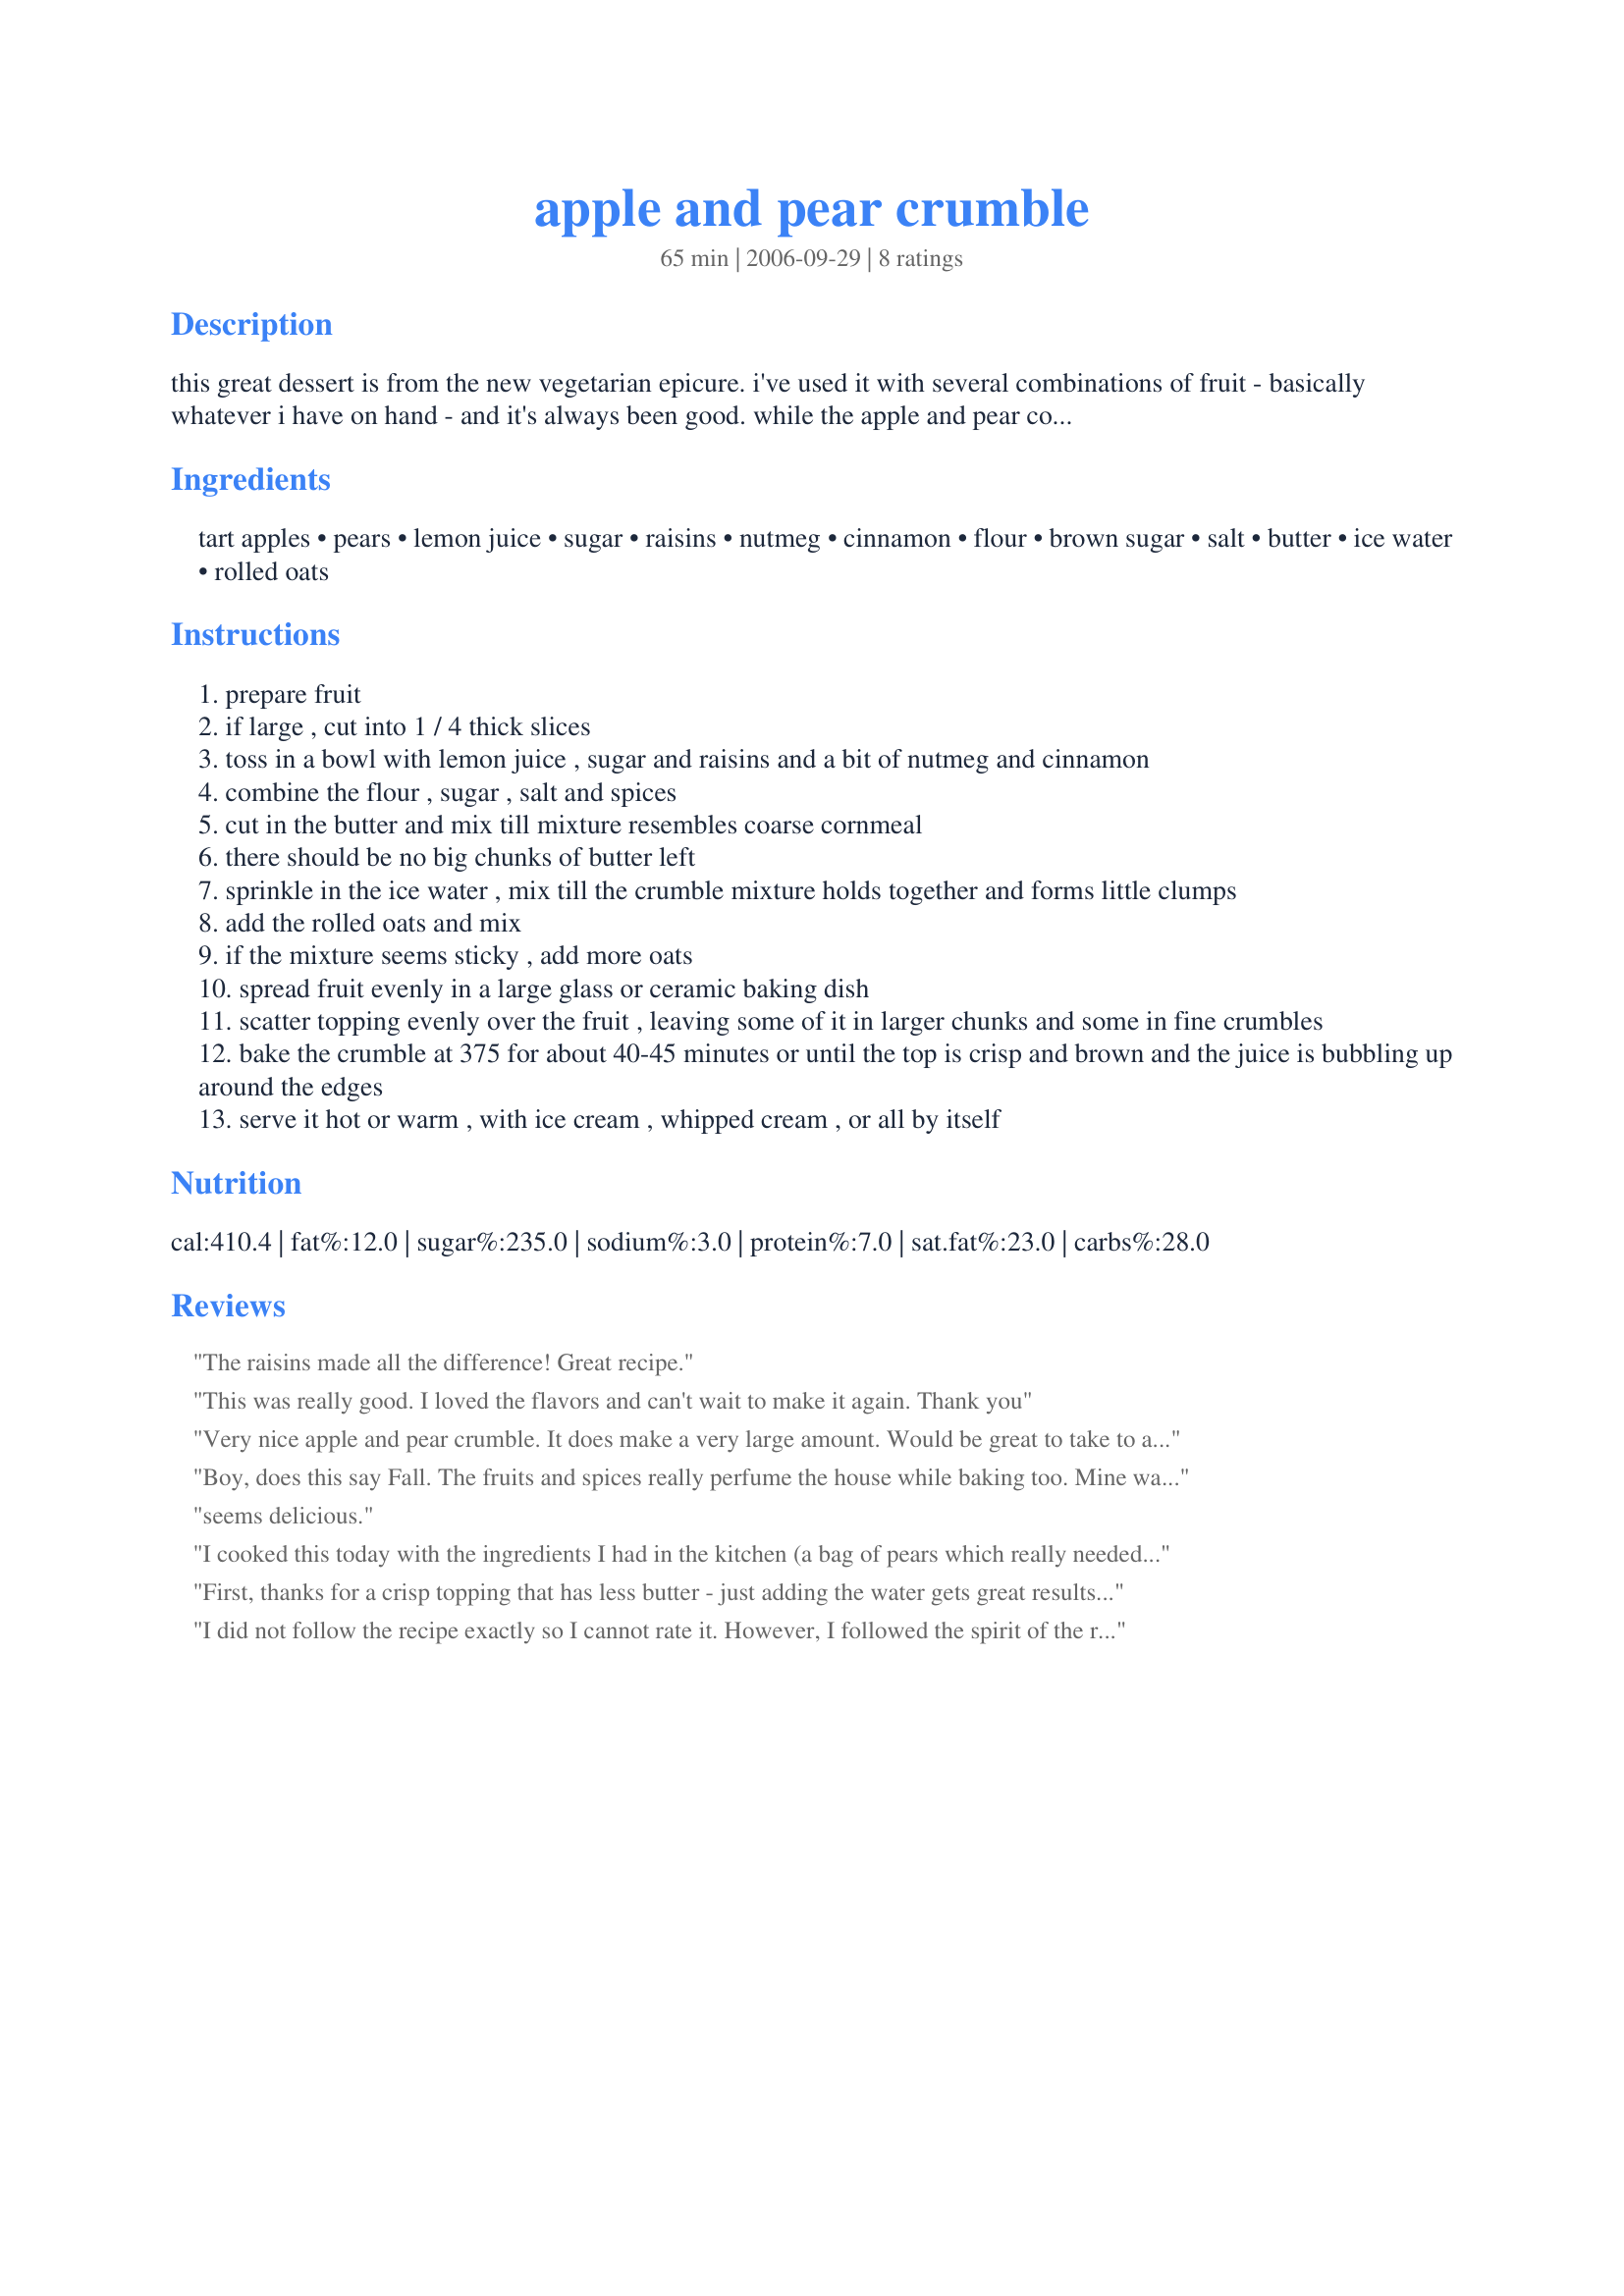
apple and pear crumble
Preparation time: 65 minutes

this great dessert is from the new vegetarian epicure. i've used it with several combinations of fruit - basically whatever i have on hand - and it's always been good. while the apple and pear combination is excellent, i've also had great results with mixed berries (strawberry, raspberry, blueberry, cherries). an easy dessert with ingredients you probably have on hand.

Ingredients:
tart apples, pears, lemon juice, sugar, raisins, nutmeg, cinnamon, flour, brown sugar, salt, butter, ice water, rolled oats

Steps:
prepare fruit
if large , cut into 1 / 4 thick slices
toss in a bowl with lemon juice , sugar and raisins and a bit of nutmeg and cinnamon
combine the flour , sugar , salt and spices
cut in the butter and mix till mixture resembles coarse cornmeal
there should be no big chunks of butter left
sprinkle in the ice water , mix till the crumble mixture holds together and forms little clumps
add the rolled oats and mix
if the mixture seems sticky , add more oats
spread fruit evenly in a large glass or ceramic baking dish
scatter topping evenly over the fruit , leaving some of it in larger chunks and some in fine crumbles
bake the crumble at 375 for about 40-45 minutes or until the top is crisp and brown and the juice is bubbling up around the edges
serve it hot or warm , with ice cream , whipped cream , or all by itself

Reviews:
The raisins made all the difference! Great recipe.
This was really good. I loved the flavors and can't wait to make it again. Thank you
Very nice apple and pear crumble. It does make a very large amount. Would be great to take to a gathering. Thanks for sharing this recipe.
Boy, does this say Fall. The fruits and spices really perfume the house while baking too. Mine was thinner that a full recipe would be (I made 5 servings because I had 3 apples and 3 pears). I used regular Splenda in both the fruit mix and topping in about 3/4 the amounts ask for and I found it quite sweet enough. I'm crazy about the topping! I usually consider this sort of topping something to keep the fruit from drying out /burning. This is just as much a treat as the apples and pears though. It's light, tender and flavorful in it's own right. This is going into my Christmas book!
seems delicious.
I cooked this today with the ingredients I had in the kitchen (a bag of pears which really needed to be used up and a couple of fresh picked apples). I used wholemeal flour for the topping and it came out looking and tasting wonderful. There was a lot of liquid with the fruit when it came out of the oven - probably from the extremely ripe pears - but was delicious with the crusty oatmeal top.
First, thanks for a crisp topping that has less butter - just adding the water gets great results. Some reviewer mentioned that there was a lot of juice - if you cut back on sugar that will solve the problem. For us the fruit was too sweet so I only use about 2 tbls of sugar and that is sweet enough.
I did not follow the recipe exactly so I cannot rate it. However, I followed the spirit of the recipe and the result was delicious. I had some old apples and pears to use up because my kids complained they were not crisp anymore. I had not thought of putting apples and pears together in a crumble/crisp but it worked. I did not have lemon so I used almost 3 limes for the juice. No raisins in the house either, so that was also ommitted. The result was yummy. I love the tartness of the fruit. Thank you.
